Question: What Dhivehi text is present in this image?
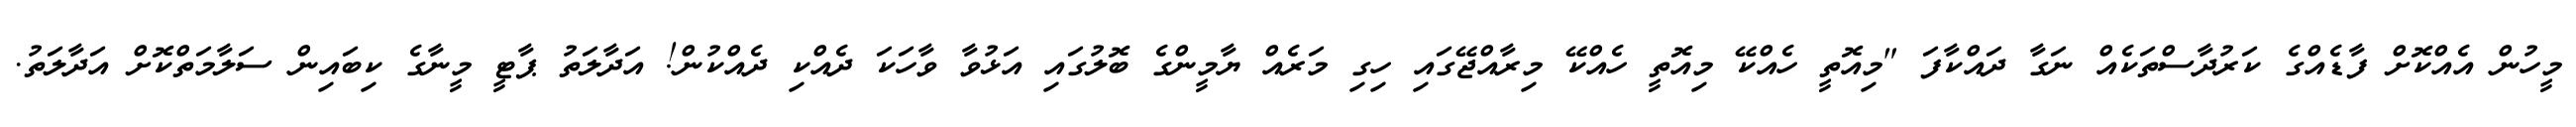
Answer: މީހުން އެއްކޮށް ފާޑެއްގެ ކަރުދާސްތަކެއް ނަގާ ދައްކާފަ "މިއޮތީ ހެއްކޭ މިއޮތީ ހެއްކޭ މިރާއްޖޭގައި ހިގި މަރެއް ޔާމީންގެ ބޮލުގައި އަޅުވާ ވާހަކަ ދެއްކި ދެއްކުން! އަދާލަތު ޕާޓީ މީނާގެ ކިބައިން ސަލާމަތްކޮށް އަދާލަތު.